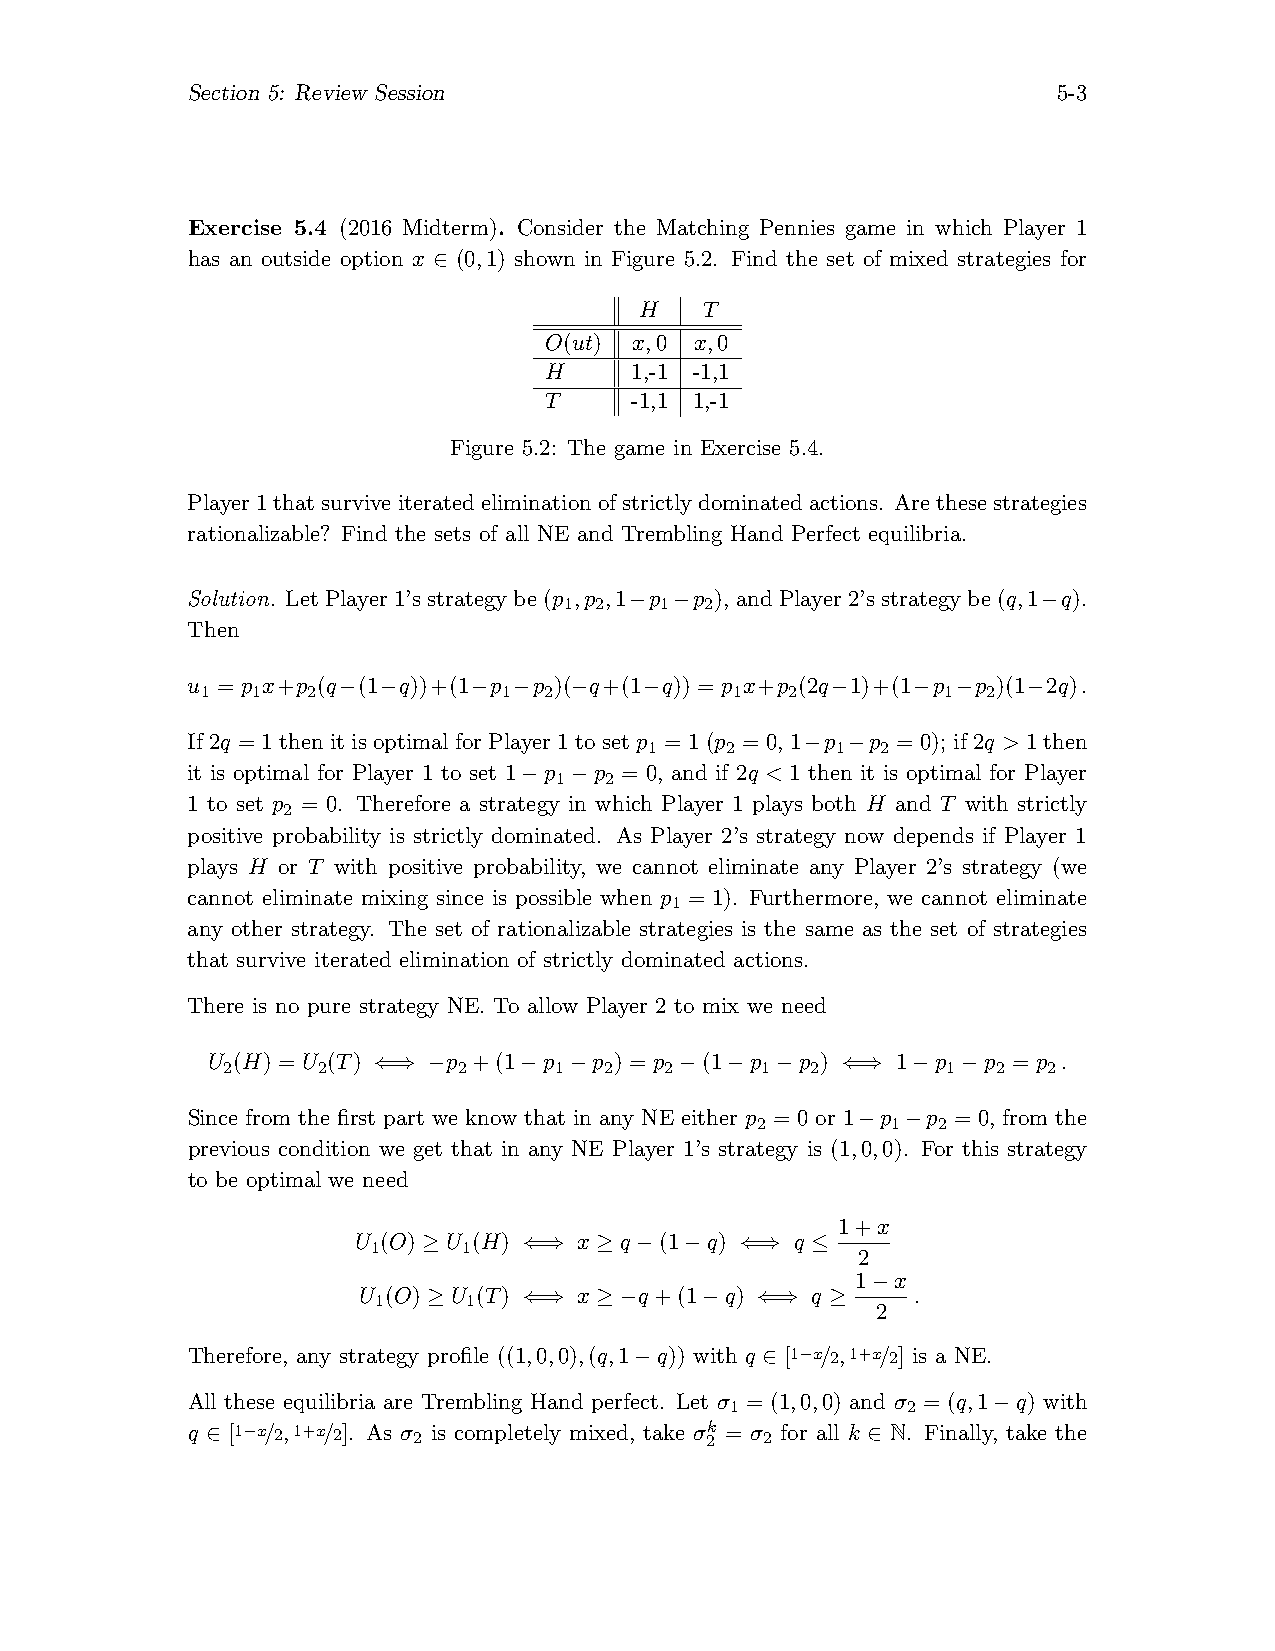
Section 5: Review Session                                 5-3
 Exercise 5.4 (2016 Midterm). Consider the Matching Pennies game in which Player 1
 has an outside option x ∈ (0,1) shown in Figure 5.2. Find the set of mixed strategies for
 H    T
 O(ut) x,0 x,0
 H     1,-1 -1,1
 T     -1,1 1,-1
 Figure 5.2: The game in Exercise 5.4.
 Player1thatsurviveiteratedeliminationofstrictlydominatedactions. Arethesestrategies
 rationalizable? Find the sets of all NE and Trembling Hand Perfect equilibria.
 Solution. Let Player 1’s strategy be (p ,p ,1−p −p ), and Player 2’s strategy be (q,1−q).
 1 2    1  2
 Then
 u = p x+p (q−(1−q))+(1−p −p )(−q+(1−q)) = p x+p (2q−1)+(1−p −p )(1−2q).
 1   1  2            1  2            1  2         1  2
 If 2q = 1 then it is optimal for Player 1 to set p = 1 (p = 0, 1−p −p = 0); if 2q > 1 then
 1    2      1  2
 it is optimal for Player 1 to set 1−p −p = 0, and if 2q < 1 then it is optimal for Player
 1  2
 1 to set p = 0. Therefore a strategy in which Player 1 plays both H and T with strictly
 2
 positive probability is strictly dominated. As Player 2’s strategy now depends if Player 1
 plays H or T with positive probability, we cannot eliminate any Player 2’s strategy (we
 cannot eliminate mixing since is possible when p = 1). Furthermore, we cannot eliminate
 1
 any other strategy. The set of rationalizable strategies is the same as the set of strategies
 that survive iterated elimination of strictly dominated actions.
 There is no pure strategy NE. To allow Player 2 to mix we need
 U (H) = U (T) ⇐⇒ −p +(1−p −p ) = p −(1−p −p ) ⇐⇒ 1−p −p = p .
 2     2        2      1  2   2     1   2        1  2  2
 Since from the first part we know that in any NE either p = 0 or 1−p −p = 0, from the
 2        1  2
 previous condition we get that in any NE Player 1’s strategy is (1,0,0). For this strategy
 to be optimal we need
 1+x
 U (O) ≥ U (H) ⇐⇒ x ≥ q−(1−q) ⇐⇒ q ≤
 1     1
 2
 1−x
 U (O) ≥ U (T) ⇐⇒ x ≥ −q+(1−q) ⇐⇒ q ≥ .
 1     1
 2
 Therefore, any strategy profile ((1,0,0),(q,1−q)) with q ∈ [1−x/2,1+x/2] is a NE.
 All these equilibria are Trembling Hand perfect. Let σ = (1,0,0) and σ = (q,1−q) with
 1           2
 q ∈ [1−x/2,1+x/2]. As σ
 2
 is completely mixed, take σ 2k = σ
 2
 for all k ∈ N. Finally, take the